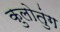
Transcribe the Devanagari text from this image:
कुलोतुंग